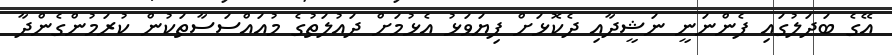
އޭގެ ބަދަލުގައި ފެންނަނީ ނަޝީދާއި ދެކޮޅަށް ފިޔަވަޅު އެޅުމަށް ދައުލަތުގެ މުއައްސަސާތަކުން ކުރަމުންގެންދާ